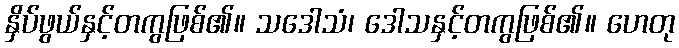
နှိပ်ဖွယ်နှင့်တကွဖြစ်၏။ သဒေါသံ၊ ဒေါသနှင့်တကွဖြစ်၏။ ဟေတု